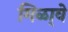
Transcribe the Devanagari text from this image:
मिळा्वे